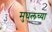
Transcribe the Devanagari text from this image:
मुघलच्या